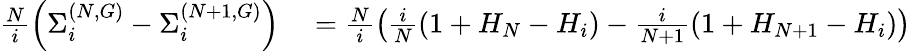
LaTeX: \begin{array}{rl}{\frac{N}{i}\left(\Sigma_{i}^{(N,G)}-\Sigma_{i}^{(N+1,G)}\right)}&{{}=\frac{N}{i}\left(\frac{i}{N}(1+H_{N}-H_{i})-\frac{i}{N+1}(1+H_{N+1}-H_{i})\right)}\end{array}